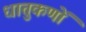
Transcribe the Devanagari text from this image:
धातुकणों